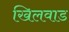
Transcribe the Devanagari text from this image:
खिलवाड